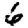
Digit: 6